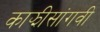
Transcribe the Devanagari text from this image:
काझीसांगवी